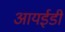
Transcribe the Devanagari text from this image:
आयईडी